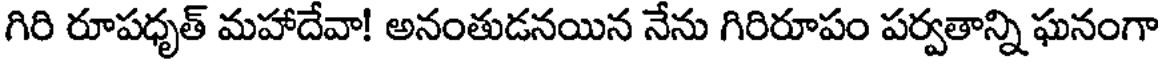
గిరి రూపధృత్ మహాదేవా! అనంతుడనయిన నేను గిరిరూపం పర్వతాన్ని ఘనంగా